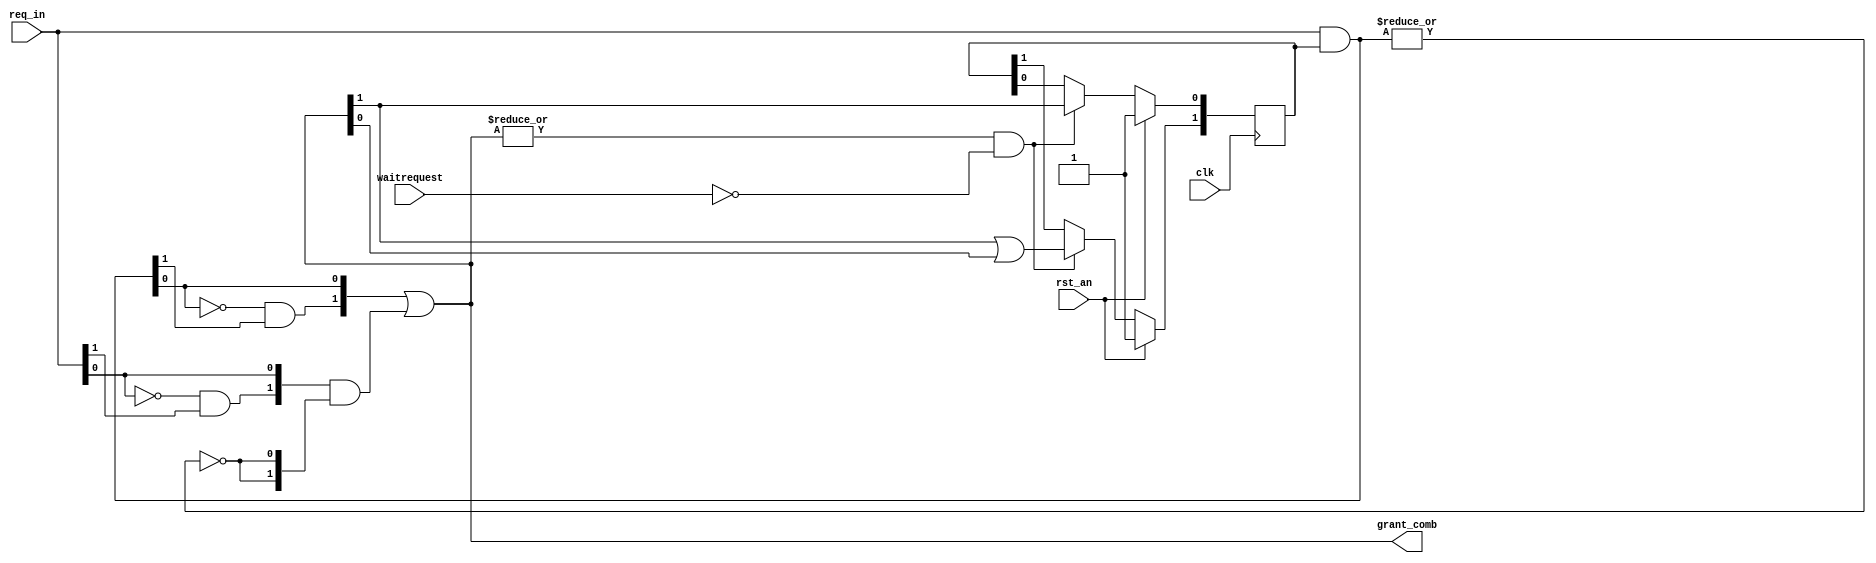
module round_robin_arbiter (
	rst_an,
	clk,
	req_in,
	grant_comb,
	waitrequest
);

parameter N = 2;

input		rst_an;
input		clk;
input	[N-1:0]	req_in;
input waitrequest;
output	[N-1:0]	grant_comb;

wire [N-1:0] req;
reg	[N-1:0]	rotate_ptr;
//reg	rotate_ptr;
wire	[N-1:0]	mask_req;
wire	[N-1:0]	mask_grant;
wire	[N-1:0]	grant_comb;
reg	[N-1:0]	grant;
//reg	[N-1:0]	grant_final;
wire		no_mask_req;
wire	[N-1:0] nomask_grant;
wire		update_ptr;
genvar i;

assign req[N-1:0] = req_in[N-1:0];
// rotate pointer update logic
assign update_ptr = |grant_comb[N-1:0];
always @ (posedge clk)
begin
	if (rst_an) begin
		//rotate_ptr[N-1:0] <= {N{1'b1}};
		rotate_ptr[0] <= 1'b1;
		rotate_ptr[1] <= 1'b1;
	end
	else if (update_ptr && !waitrequest)
//	else if (update_ptr)
	begin
		// note: N must be at least 2
		rotate_ptr[0] <= grant_comb[N-1];
		rotate_ptr[1] <= grant_comb[N-1] | grant_comb[0];
	end
end

/*
always @ (posedge clk or negedge rst_an)
begin
	if (!rst_an) begin
		rotate_ptr <= 1'b0;
	end
	else if (update_ptr && !waitrequest)
//	else if (update_ptr)
	begin
		// note: N must be at least 2
		rotate_ptr[0] <= grant_comb[N-1];
		rotate_ptr[1] <= grant_comb[N-1] | grant_comb[0];
	end
end

always @ (*) begin
	case (rotate_ptr)
		2'b00: begin
			if (req[0]) grant_comb = 2'b01;
			else if (req[1]) grant_comb = 2'b10;
			else grant_comb = 2'b00;
		end
		2'b01 : begin
			if (req[1]) grant_comb = 2'b10;
			else if (req[0]) grant_comb = 2'b01;
			else grant = 2'b00;
		end
	endcase
end
*/

generate
	for (i=2;i<N;i=i+1) begin : rotateptr
		always @ (posedge clk or negedge rst_an)
		begin
			if (!rst_an)
				rotate_ptr[i] <= 1'b1;
			else if (update_ptr && !waitrequest)
				rotate_ptr[i] <= grant[N-1] | (|grant[i-1:0]);
		end
	end
endgenerate

// mask grant generation logic
assign mask_req[N-1:0] = req[N-1:0] & rotate_ptr[N-1:0];

assign mask_grant[0] = mask_req[0];
generate 
	for (i=1;i<N;i=i+1) begin : maskgrant
		assign mask_grant[i] = (~|mask_req[i-1:0]) & mask_req[i];
	end
endgenerate

// non-mask grant generation logic
assign nomask_grant[0] = req[0];
generate
	for (i=1;i<N;i=i+1) begin : nomaskgrant
		assign nomask_grant[i] = (~|req[i-1:0]) & req[i];
	end
endgenerate

// grant generation logic
assign no_mask_req = ~|mask_req[N-1:0];
assign grant_comb[N-1:0] = mask_grant[N-1:0] | (nomask_grant[N-1:0] & {N{no_mask_req}});

always @ (posedge clk or negedge rst_an)
begin
	if (!rst_an)	grant[N-1:0] <= {N{1'b0}};
//	else		grant[N-1:0] <= grant_comb[N-1:0] & ~grant[N-1:0];
	else		grant[N-1:0] <= grant_comb[N-1:0];
end
/*

always @ (posedge clk or negedge rst_an)
begin
	if (!rst_an)
	begin
		grant_final <= 4'd0;
	end
	else
	begin
		case(grant_comb) 
			4'd1 : grant_final <= 4'd1;
			4'd2 : grant_final <= 4'd2;
			4'd4 : grant_final <= 4'd4; 
			4'd8 : grant_final <= 4'd8;
		endcase
	end
end

/*
always @(*)
begin
	if (!rst_an)  grant_final[N-1:0] <= {N{1'b0}};
	else if (grant[i]) grant_final[i] <= 1'b1;
	else if ()
end*/
endmodule